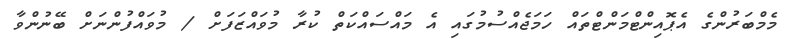
މެމްބަރުންގެ އެޕޮއިންޓްމަންޓްތައް ހަމަޖެއްސުމުގައި އެ މައްސައްކަތް ކުރާ މުވައްޒަފަށް / މުވައްފުންނަށް ބޭނުންވާ